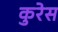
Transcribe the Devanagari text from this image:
कुरेस